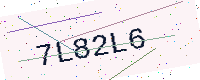
Text: 7L82L6